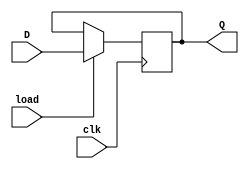
module loadDFF (
    input D, 
    input load, 
    input clk, 
    output reg Q
);

always @ (posedge clk) begin
    if (load) // Load the value back onto Q
        Q <= D;
    else // Store the input value on the rising edge of the clock signal
        Q <= Q;
end

endmodule